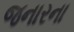
જનારના